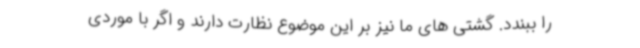
را ببندد. گشتی های ما نیز بر این موضوع نظارت دارند و اگر با موردی